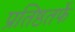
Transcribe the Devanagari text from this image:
प्रतिष्ठतर्फे